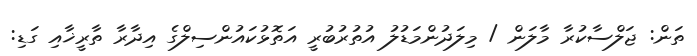
ތަން: ޖަލްސާކުރާ މާލަން / މިލަދުންމަޑުލު އުތުރުބުރީ އަތޮޅުކައުންސިލްގެ އިދާރާ ތާރީޚާއި ގަޑި: